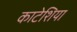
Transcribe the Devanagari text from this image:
काटेशिया